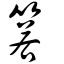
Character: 箬